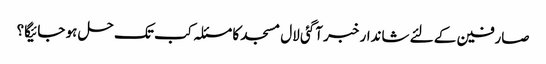
صارفین کے لئے شاندار خبر آگئی لال مسجد کا مسئلہ کب تک حل ہو جائیگا؟